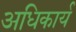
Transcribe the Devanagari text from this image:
अधिकार्य